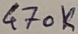
Text: 470K